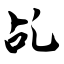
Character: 乩